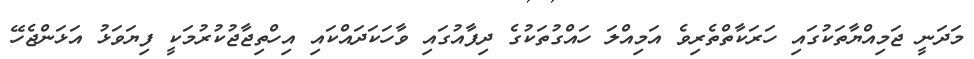
މަދަނީ ޖަމިއްޔާތަކުގައި ހަރަކާތްތެރިވެ އަމިއްލަ ހައްގުތަކުގެ ދިފާއުގައި ވާހަކަދައްކައި އިހްތިޖާޖުކުރުމަކީ ފިޔަވަޅު އަޅަންޖެހޭ